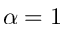
\alpha = 1